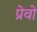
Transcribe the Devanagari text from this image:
प्रेवो